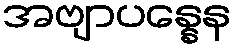
အဗျာပန္နေန